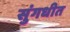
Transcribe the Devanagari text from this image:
सुंगधीत